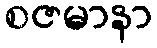
စဇမာနာ